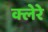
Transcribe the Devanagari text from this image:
क्लेरे